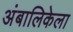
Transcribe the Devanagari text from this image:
अंबालिकेला